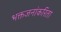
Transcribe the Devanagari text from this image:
भक्तजनांकरिता